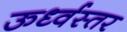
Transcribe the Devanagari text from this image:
ऊर्ध्वस्तर